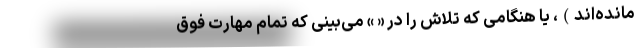
مانده‌اند)، یا هنگامی که تلاش را در « » می‌بینی که تمام مهارت فوق